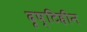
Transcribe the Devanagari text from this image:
दृष्‍टिहीन